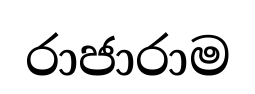
රාජාරාම